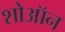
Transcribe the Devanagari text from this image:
शोऑन